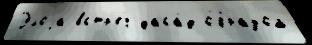
Элоjа встр'еч фаса́д о́бразом